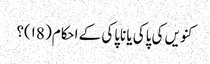
کنویں کی پاکی یا ناپاکی کے احکام( ۱8)؟